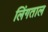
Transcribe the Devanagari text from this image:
लिंगताल